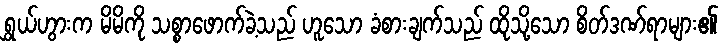
ရွှယ်ဟွားက မိမိကို သစ္စာဖောက်ခဲ့သည် ဟူသော ခံစားချက်သည် ထိုသို့သော စိတ်ဒဏ်ရာများ၏